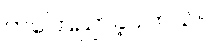
ကကြေညာခဲ့ပါတယ်။